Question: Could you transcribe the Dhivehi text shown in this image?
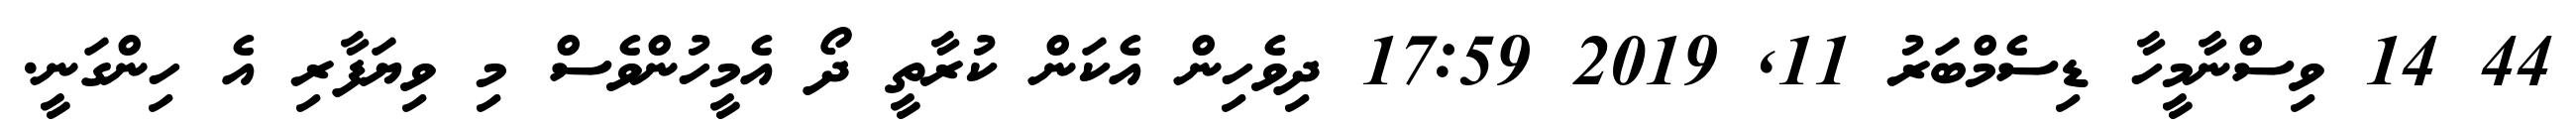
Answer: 44 14 ވިސްނާމީހާ ޑިސެމްބަރު 11, 2019 17:59 ދިވެހިން އެކަން ކުރާތީ ދޯ އެމީހުންވެސް މި ވިޔަފާރި އެ ހިންގަނީ.